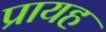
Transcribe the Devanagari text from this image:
प्रायह